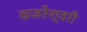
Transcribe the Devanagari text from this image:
वजरेश्वरी